system: You are a helpful assistant.
user:
Analyze the provided spectrum to determine if it is a **Carbon Star (C-type)**.

- **Key Visual Indicators of Carbon Star:**
    - **(Primary):** Strong molecular absorption from **C₂ (diatomic carbon) "Swan Bands."** This is the **defining feature** of a carbon star.
        - **(Key Bandheads):** Sharp absorption edges are visible at approximately $5635$ Å, $5165$ Å (the strongest band), and $4737$ Å.
        - **(Line Profile):** Creates a distinct **"saw-tooth"** pattern. The key morphology is a sharp, steep bandhead on the **red (long-wavelength) side**, which then gradually tapers off (i.e., flux recovers) towards the **blue (short-wavelength) side**. *(This is the direct opposite of the TiO bands seen in M-type stars)*.

    - **(Secondary):** Intense **CN (cyanogen)** molecular absorption bands.
        - **(Key Bandheads):** Located in the blue and violet regions of the spectrum (e.g., near $4215$ Å and $3883$ Å).
        - **(Morphology):** These bands are extremely broad and act as a "blanket," absorbing the vast majority of blue and violet light. This creates a characteristic **"cliff"** or **"steep drop-off"** in the spectrum's flux at short wavelengths.

    - **(Key Confirmation):** Strong **CH absorption band (G-band)**.
        - **(Key Bandhead):** Located around $4300$ Å. The contribution from CH molecules to this band is exceptionally strong.

    - **(Overall Spectrum):**
        - The continuum is severely "chopped up" by these deep molecular bands, especially C₂, rather than appearing as a smooth curve.
        - Due to the heavy CN and C₂ absorption in the blue-green, the vast majority of the star's flux is concentrated in the red part of the spectrum, giving the star its characteristic deep red color.

Think first, call **spectral_visualization_tool** if needed to examine features in detail, then provide your final answer. Your response must adhere to the following strict rules:
1.  **Overall Structure:** Your response must follow the format `<think>...</think> <tool_call>...</tool_call> (if a tool is used) <answer>...</answer>`.
2.  **Tool Usage Constraint:** You may only make **one** tool call per turn.
3.  **Final Answer Format:** In the `<answer>` tag, your conclusion must be inside a `\boxed{}` command (e.g., `\boxed{YES}`), followed by your justification.

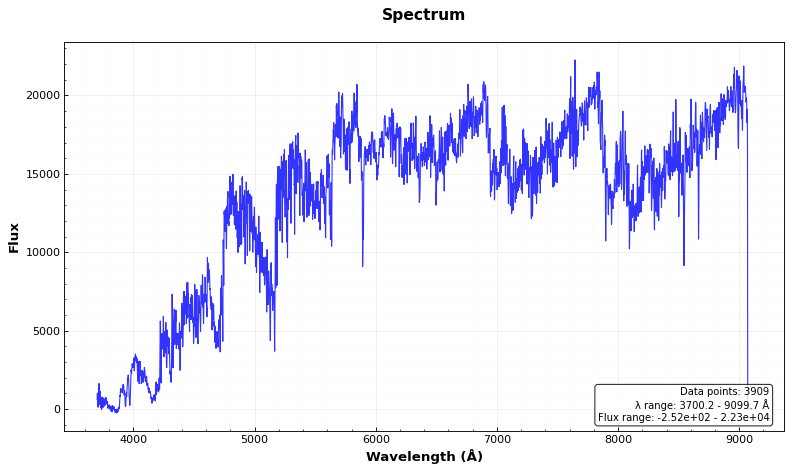
Answer: YES